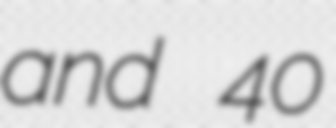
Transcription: and 40